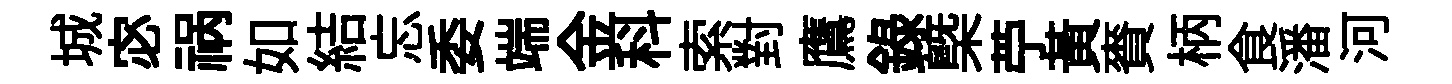
城宓祸如結忘委端金科索對鷹錄槩苧黃賚柄食潘河